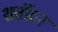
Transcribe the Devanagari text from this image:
शर्तीवर